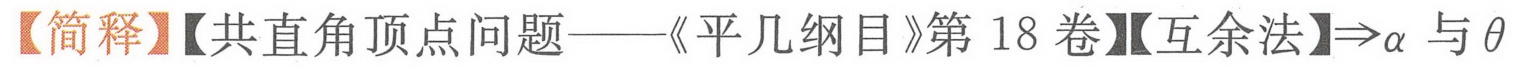
【简释】【共直角顶点问题——《平几纲目》第 18 卷】【互余法】$\Rightarrow\alpha$ 与 $\theta$